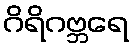
ဂိရိဂဗ္ဘရေ